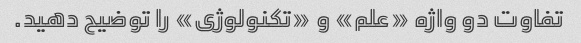
تفاوت دو واژه «علم» و «تکنولوژی» را توضیح دهید.